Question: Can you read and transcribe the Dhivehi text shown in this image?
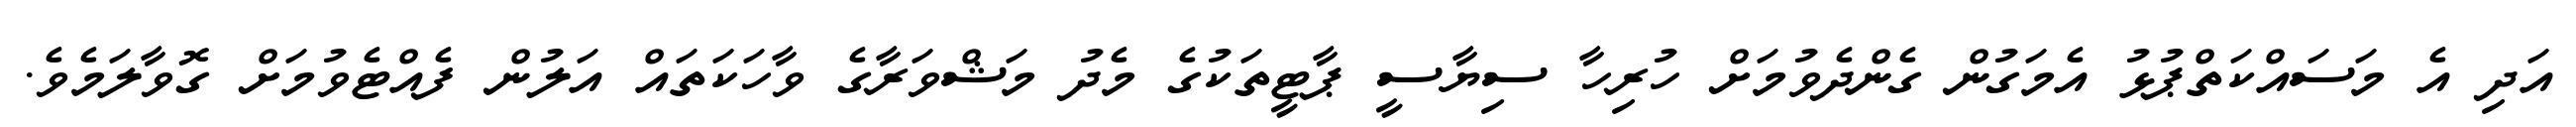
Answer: އަދި އެ މަސައްކަތްޕުޅު އެމަގުން ގެންދެވުމަށް ހުރިހާ ސިޔާސީ ޕާޓީތަކުގެ މެދު މަޝްވަރާގެ ވާހަކަތައް އަލުން ފެއްޓެވުމަށް ގޮވާލަމެވެ.